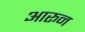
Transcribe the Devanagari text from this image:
आरून